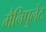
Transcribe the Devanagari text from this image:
मैनिपुलेट